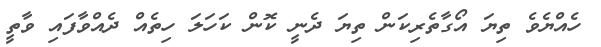
ހެއްޔެވެ ތިޔަ އޯގާތެރިކަން ތިޔަ ދެނީ ކޮން ކަހަލަ ހިތެއް ދެއްވާފައި ވާތީ